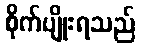
စိုက်ပျိုးရသည်